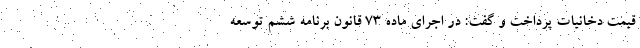
قیمت دخانیات پرداخت و گفت: در اجرای ماده ۷۳ قانون برنامه ششم توسعه